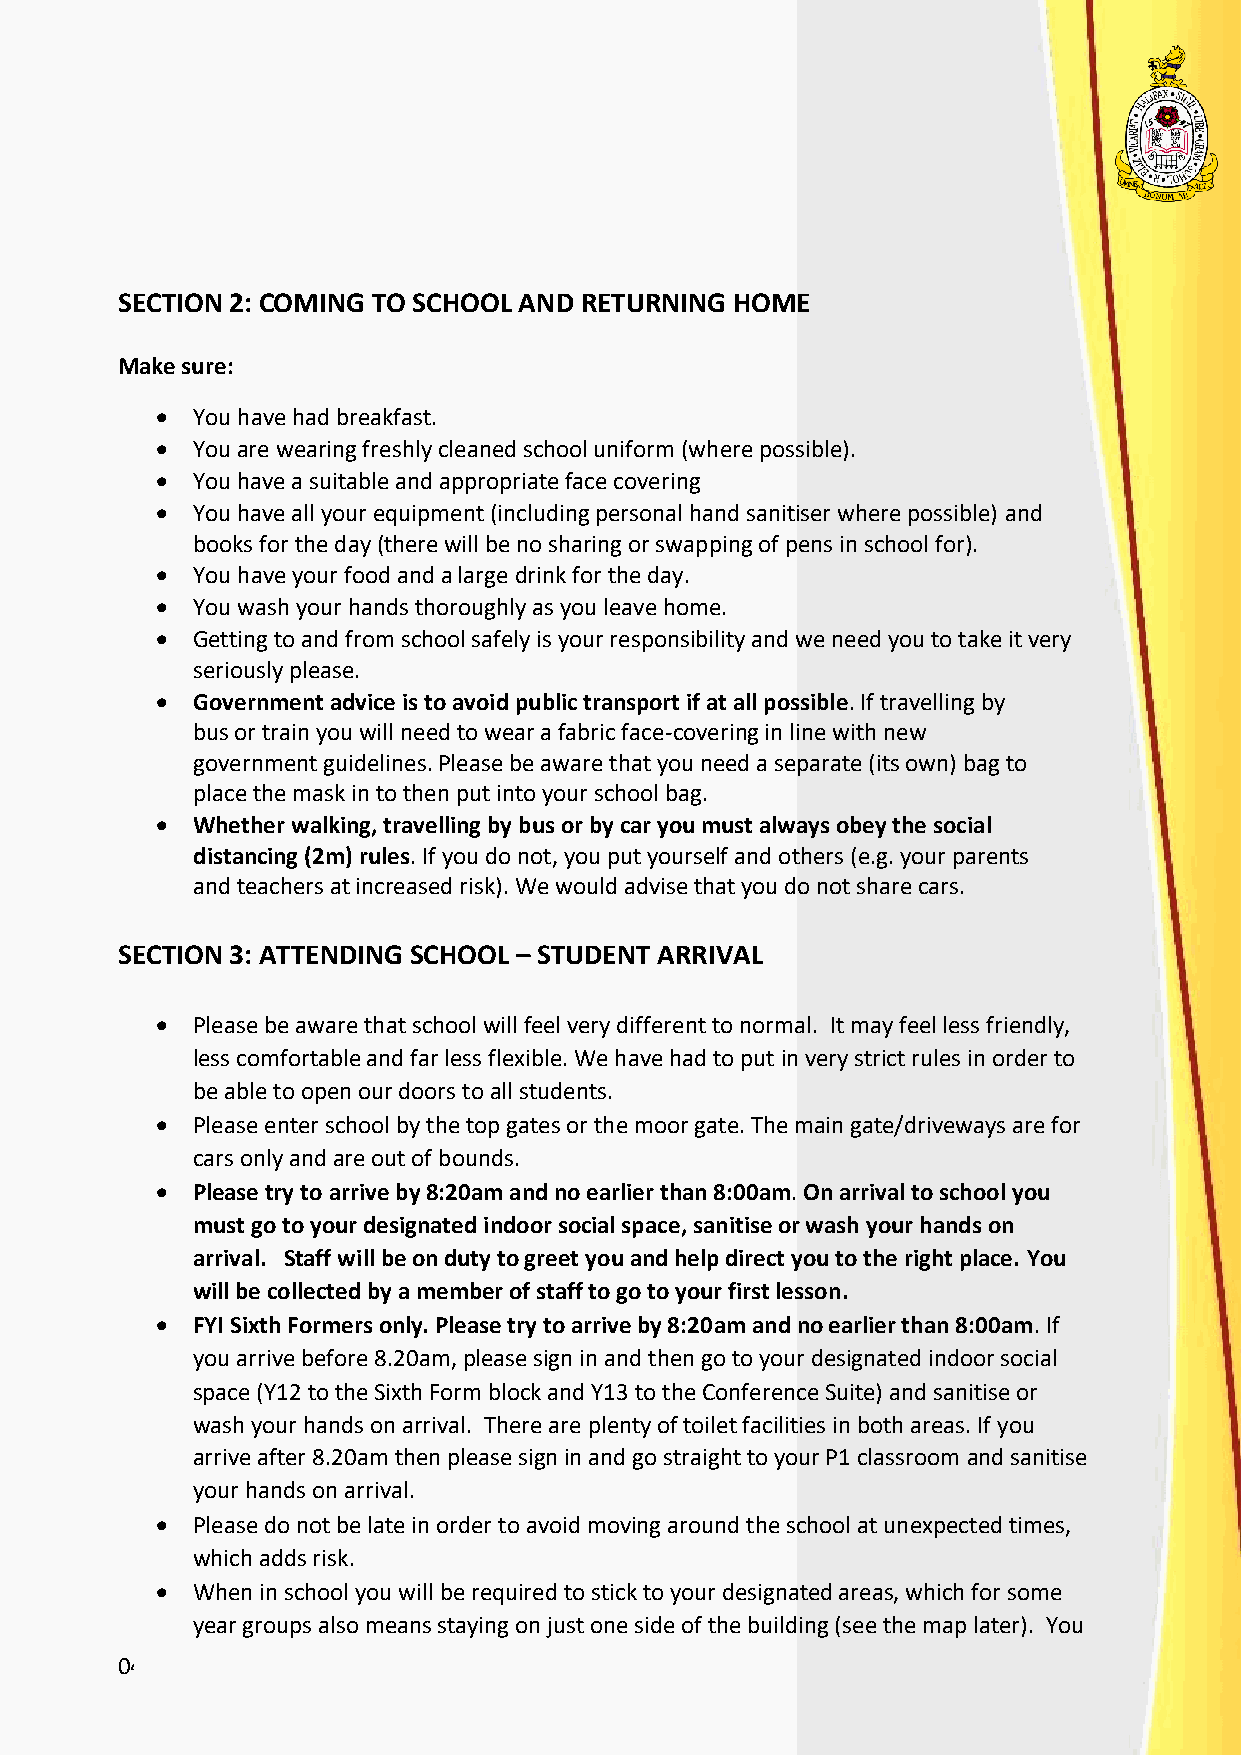
SECTION 2: COMING TO SCHOOL AND RETURNING HOME
 Make sure:
   You have had breakfast.
   You are wearing freshly cleaned school uniform (where possible).
   You have a suitable and appropriate face covering
   You have all your equipment (including personal hand sanitiser where possible) and
 books for the day (there will be no sharing or swapping of pens in school for).
   You have your food and a large drink for the day.
   You wash your hands thoroughly as you leave home.
   Getting to and from school safely is your responsibility and we need you to take it very
 seriously please.
   Government advice is to avoid public transport if at all possible. If travelling by
 bus or train you will need to wear a fabric face-covering in line with new
 government guidelines. Please be aware that you need a separate (its own) bag to
 place the mask in to then put into your school bag.
   Whether walking, travelling by bus or by car you must always obey the social
 distancing (2m) rules. If you do not, you put yourself and others (e.g. your parents
 and teachers at increased risk). We would advise that you do not share cars.
 SECTION 3: ATTENDING SCHOOL – STUDENT ARRIVAL
   Please be aware that school will feel very different to normal. It may feel less friendly,
 less comfortable and far less flexible. We have had to put in very strict rules in order to
 be able to open our doors to all students.
   Please enter school by the top gates or the moor gate. The main gate/driveways are for
 cars only and are out of bounds.
   Please try to arrive by 8:20am and no earlier than 8:00am. On arrival to school you
 must go to your designated indoor social space, sanitise or wash your hands on
 arrival. Staff will be on duty to greet you and help direct you to the right place. You
 will be collected by a member of staff to go to your first lesson.
   FYI Sixth Formers only. Please try to arrive by 8:20am and no earlier than 8:00am. If
 you arrive before 8.20am, please sign in and then go to your designated indoor social
 space (Y12 to the Sixth Form block and Y13 to the Conference Suite) and sanitise or
 wash your hands on arrival. There are plenty of toilet facilities in both areas. If you
 arrive after 8.20am then please sign in and go straight to your P1 classroom and sanitise
 your hands on arrival.
   Please do not be late in order to avoid moving around the school at unexpected times,
 which adds risk.
   When in school you will be required to stick to your designated areas, which for some
 year groups also means staying on just one side of the building (see the map later). You
 04/09/2020